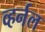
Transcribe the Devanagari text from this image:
व्हर्नल